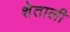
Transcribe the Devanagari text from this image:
शेताली